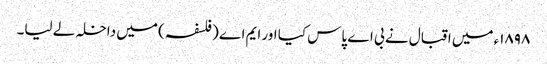
١٨٩٨ء میں اقبال نے بی اے پاس کیا اور ایم اے (فلسفہ) میں داخلہ لے لیا۔